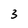
Character: 3